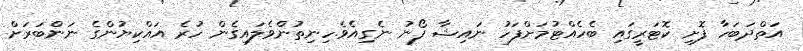
އަތްދަބަހާ ފޮށި ކޮޓަރީގައި ބެހެއްޓުމަށްފަހު ނައިޝާ ފޯނު ނެގިއެވެ.ހިނިތުންވެލައިގެން ހުރެ އައްކިޔުންގެ ނަންބަރަށް